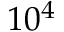
1 0 ^ { 4 }